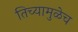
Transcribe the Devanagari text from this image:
तिच्यामुळेच